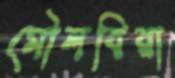
মৌলবিরা